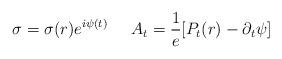
LaTeX: \begin{align*}\sigma= \sigma(r)e^{i\psi(t)} \;\;\;\;\; A_t = \frac{1}{e}[P_t(r)-\partial_t \psi]\end{align*}